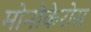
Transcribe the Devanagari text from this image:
मोनोकेरोस